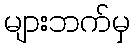
များဘက်မှ